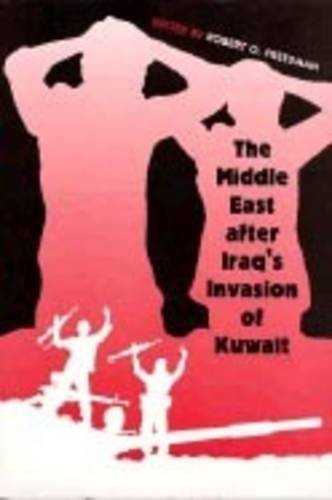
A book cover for The Middle East after Iraq's Invasion of Kuwait; History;